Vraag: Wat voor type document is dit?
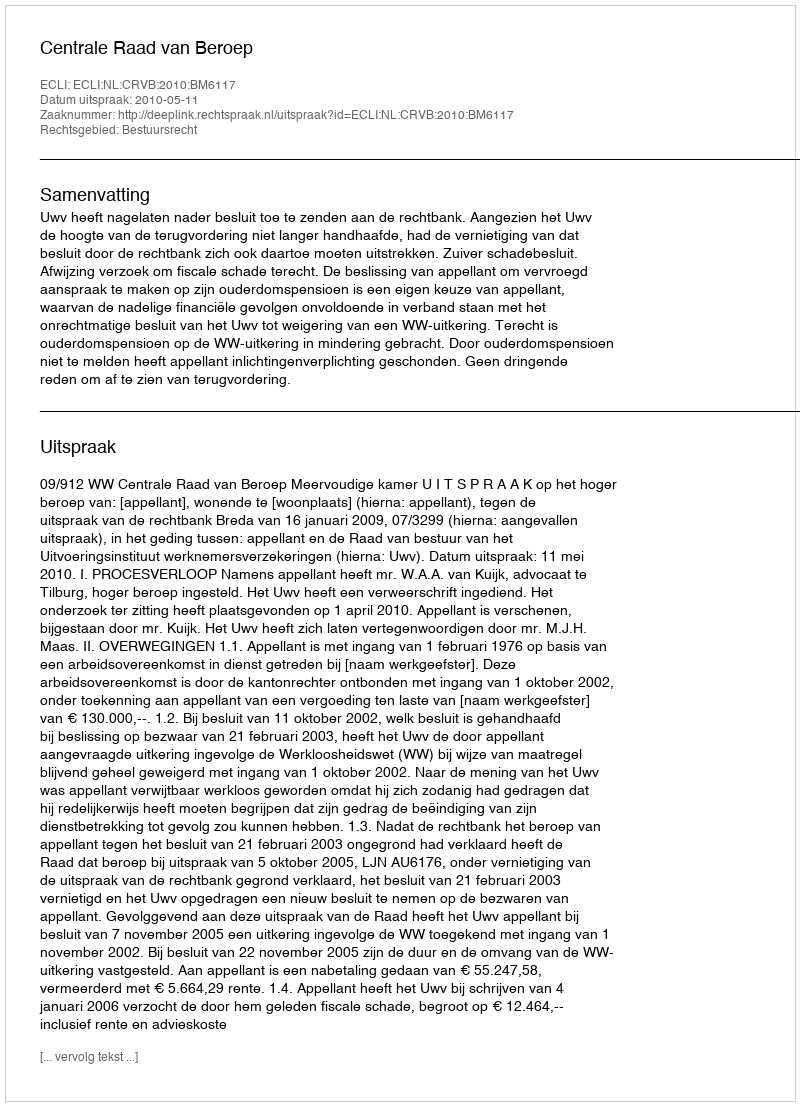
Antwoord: Uitspraak